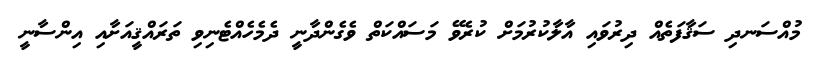
މުއްސަނދި ސަޤާފަތެއް ދިރުވައި އާލާކުރުމަށް ކުރެވޭ މަސައްކަތް ވެގެންދާނީ ދެމެހެއްޓެނިވި ތަރައްޤީއަށާއި އިންސާނީ